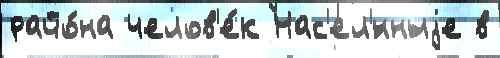
райо́на челов'е́к Нас'ел'́нныjе в